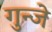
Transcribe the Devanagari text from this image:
गुन्जे